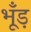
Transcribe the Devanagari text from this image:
भूँड़